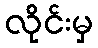
လိုင်းမှ